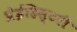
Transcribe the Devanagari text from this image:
प्रेईहिस्टरी